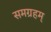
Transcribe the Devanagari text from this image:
समग्रहम्